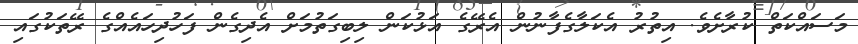
މަސައްކަތް ކުރާށެވެ. އިތުރު އެކަލާގެފާނުން އެރޭގެ އަޅުކަން ލިބިގަތުމަށް އެދިގެން ފަހުދިހައެއްގެ ރޭތަކުގައި